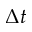
\Delta t